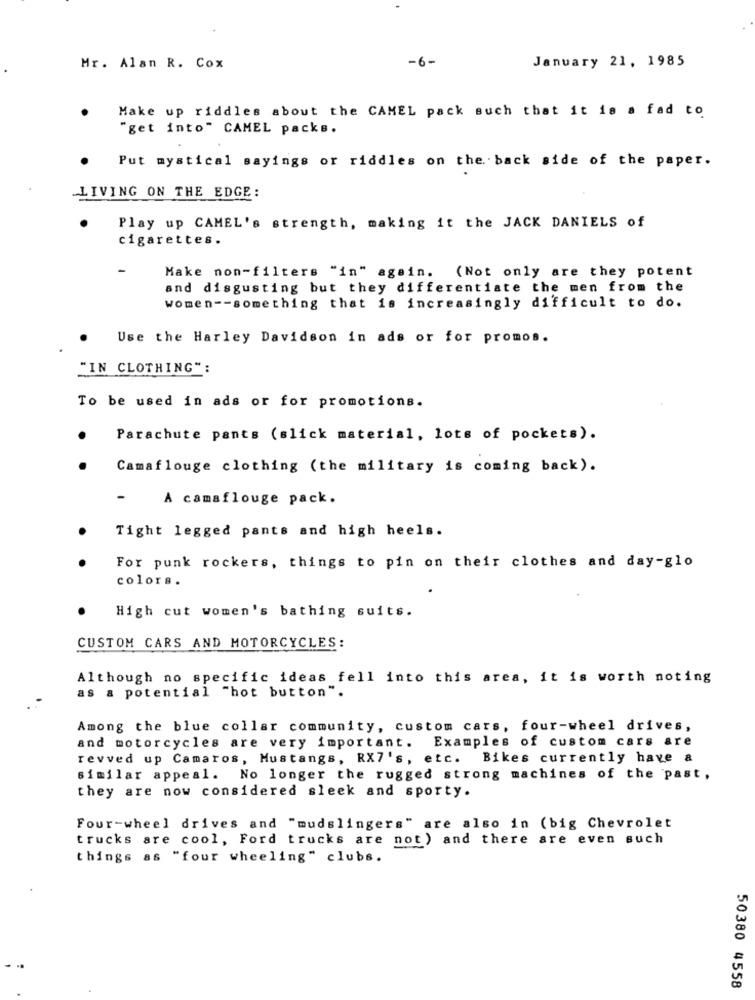
-6-
January 21, 1985
Mr. Alan R. Cox
Make up riddles about the CAMEL pack such that it is a fad to
"get into" CAMEL packs.
Put mystical sayings or riddles on the back side of the paper.
LIVING ON THE EDGE:
Play up CAMEL's strength, making it the JACK DANIELS of
cigarettes.
Make non-filters "in" again.
(Not only are they potent
and disgusting but they differentiate the men from the
women -- something that is increasingly difficult to do.
Use the Harley Davidson in ads or for promos.
"IN CLOTHING":
To be used in ads or for promotions.
Parachute pants (slick material, lots of pockets).
Camaflouge clothing (the military is coming back).
-
A camaflouge pack.
Tight legged pants and high heels.
For punk rockers, things to pin on their clothes and day-glo
colors.
High cut women's bathing suits.
CUSTOM CARS AND MOTORCYCLES:
Although no specific ideas fell into this area, it is worth noting
as & potential "hot button".
Among the blue collar community, custom cars, four-wheel drives,
and motorcycles are very important. Examples of custom cars are
revved up Camaros, Mustangs, RX7's, etc.
Bikes currently have a
similar appeal. No longer the rugged strong machines of the past,
they are now considered sleek and sporty.
Four-wheel drives and "mudslingers" are also in (big Chevrolet
trucks are cool, Ford trucks are not ) and there are even such
things as "four wheeling" clubs.
50380 4558